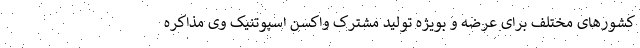
کشورهای مختلف برای عرضه و بویژه تولید مشترک واکسن اسپوتنیک وی مذاکره